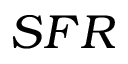
S F R